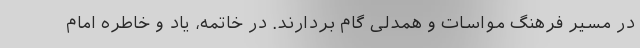
در مسیر فرهنگ مواسات و همدلی گام بردارند. در خاتمه، یاد و خاطره امام